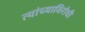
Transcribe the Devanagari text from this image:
त्यांच्याविरोधी